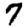
Digit: 7